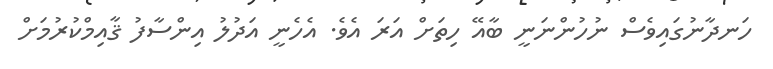
ހަނދާނުގައިވެސް ނުހުންނަނީ ބާއޭ ހިތަށް އަރަ އެވެ. އެހެނީ އަދުލު އިންސާފު ޤާއިމްކުރުމަށް